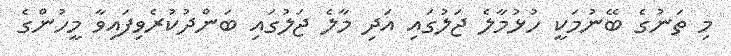
މި ތަނުގެ ބޭނުމަކީ ހުޅުމާލެ ޖަލުގައި އަދި މާލެ ޖަލުގައި ބަންދުކުރެވިފައިވާ މީހުންގެ